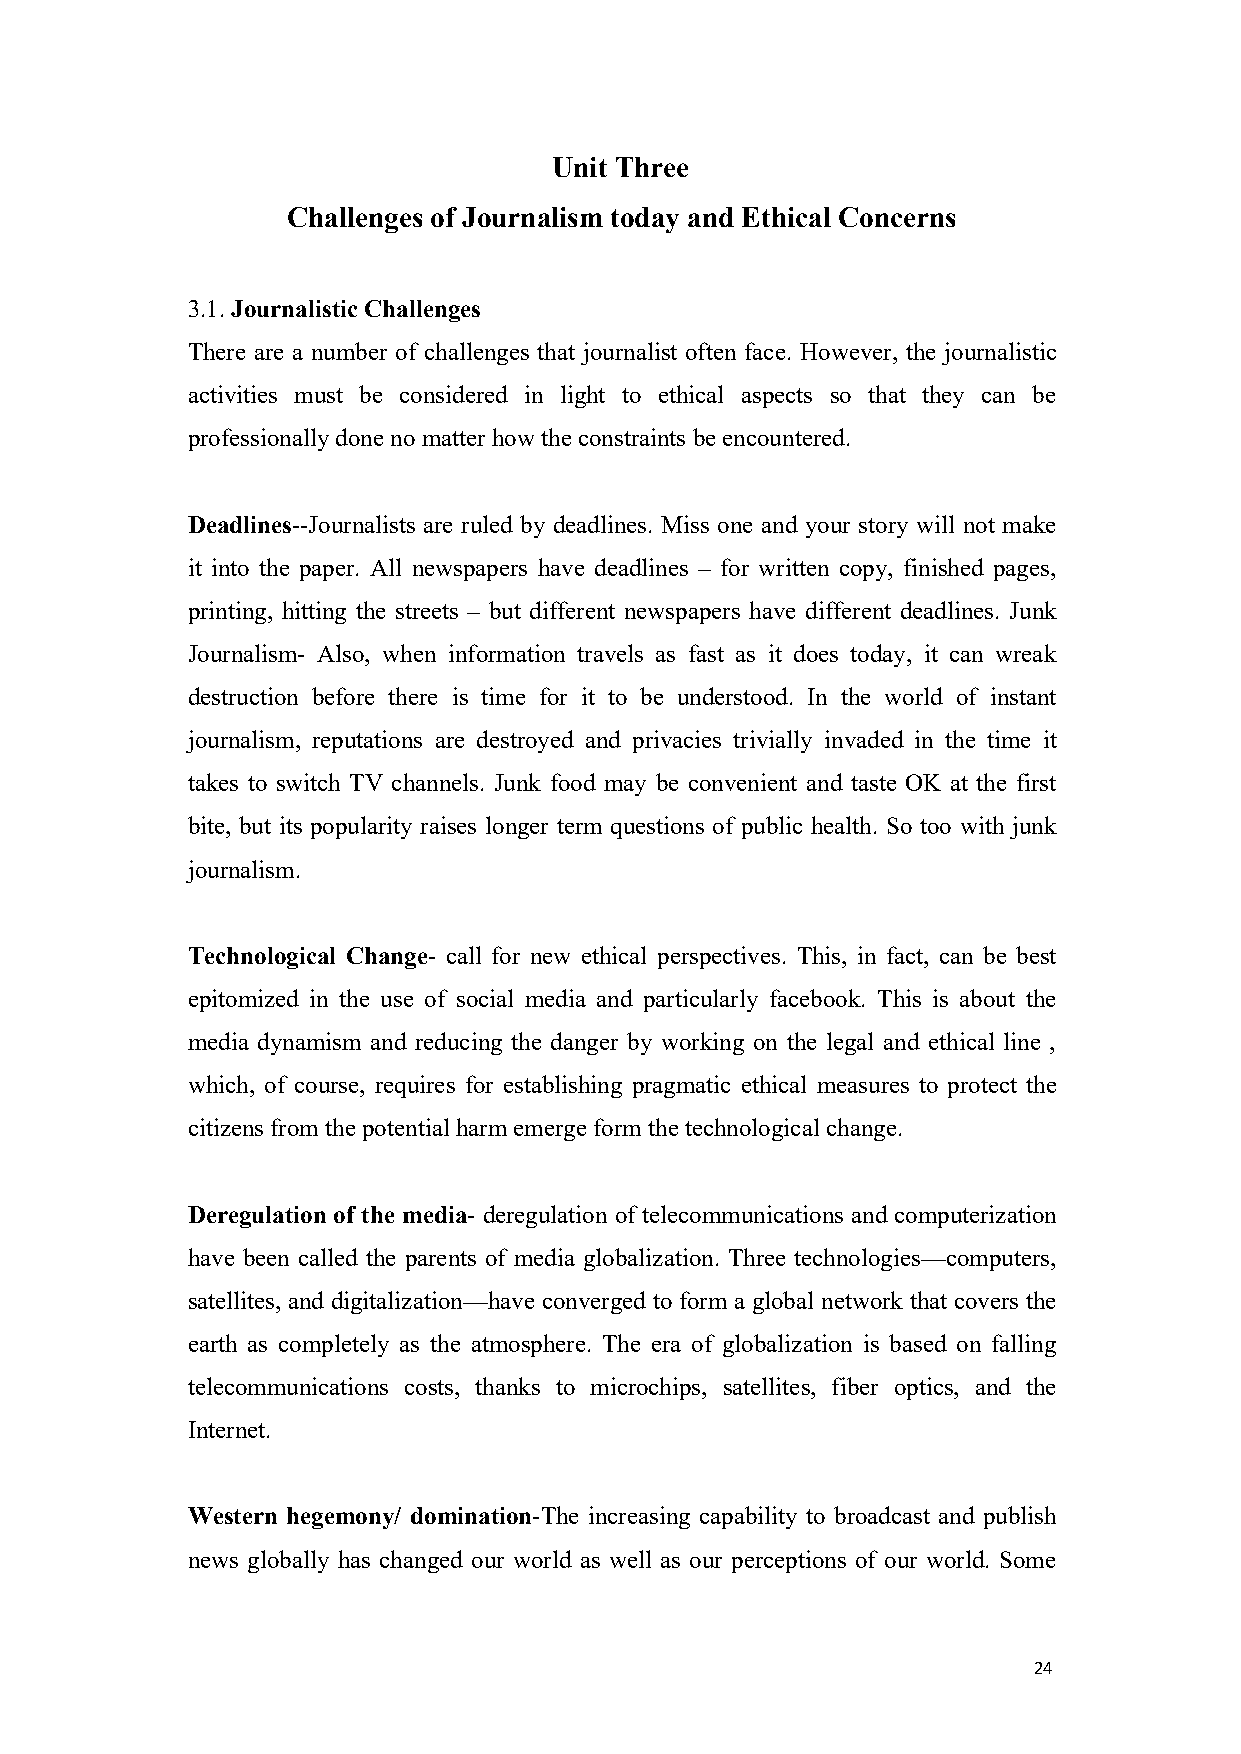
Unit Three
 Challenges of Journalism today and Ethical Concerns
 3.1.JournalisticChallenges
 There are a number of challenges that journalist often face. However, the journalistic
 activities must be considered in light to ethical aspects so that they can be
 professionally done nomatterhowtheconstraints beencountered.
 Deadlines--Journalists are ruled by deadlines. Miss one and your story will not make
 it into the paper. All newspapers have deadlines – for written copy, finished pages,
 printing, hitting the streets – but different newspapers have different deadlines. Junk
 Journalism- Also, when information travels as fast as it does today, it can wreak
 destruction before there is time for it to be understood. In the world of instant
 journalism, reputations are destroyed and privacies trivially invaded in the time it
 takes to switch TV channels. Junk food may be convenient and taste OK at the first
 bite, but its popularity raises longer term questions of public health. So too with junk
 journalism.
 Technological Change- call for new ethical perspectives. This, in fact, can be best
 epitomized in the use of social media and particularly facebook. This is about the
 media dynamism and reducing the danger by working on the legal and ethical line ,
 which, of course, requires for establishing pragmatic ethical measures to protect the
 citizensfrom thepotential harm emerge form thetechnological change.
 Deregulation of the media- deregulation of telecommunications and computerization
 have been called the parents of media globalization. Three technologies—computers,
 satellites, and digitalization—have converged to form a global network that covers the
 earth as completely as the atmosphere. The era of globalization is based on falling
 telecommunications costs, thanks to microchips, satellites, fiber optics, and the
 Internet.
 Western hegemony/ domination-The increasing capability to broadcast and publish
 news globally has changed our world as well as our perceptions of our world. Some
 24